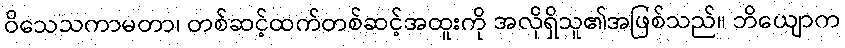
ဝိသေသကာမတာ၊ တစ်ဆင့်ထက်တစ်ဆင့်အထူးကို အလိုရှိသူ၏အဖြစ်သည်။ ဘိယျောက